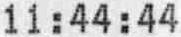
11 : 44 : 44